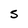
Character: s